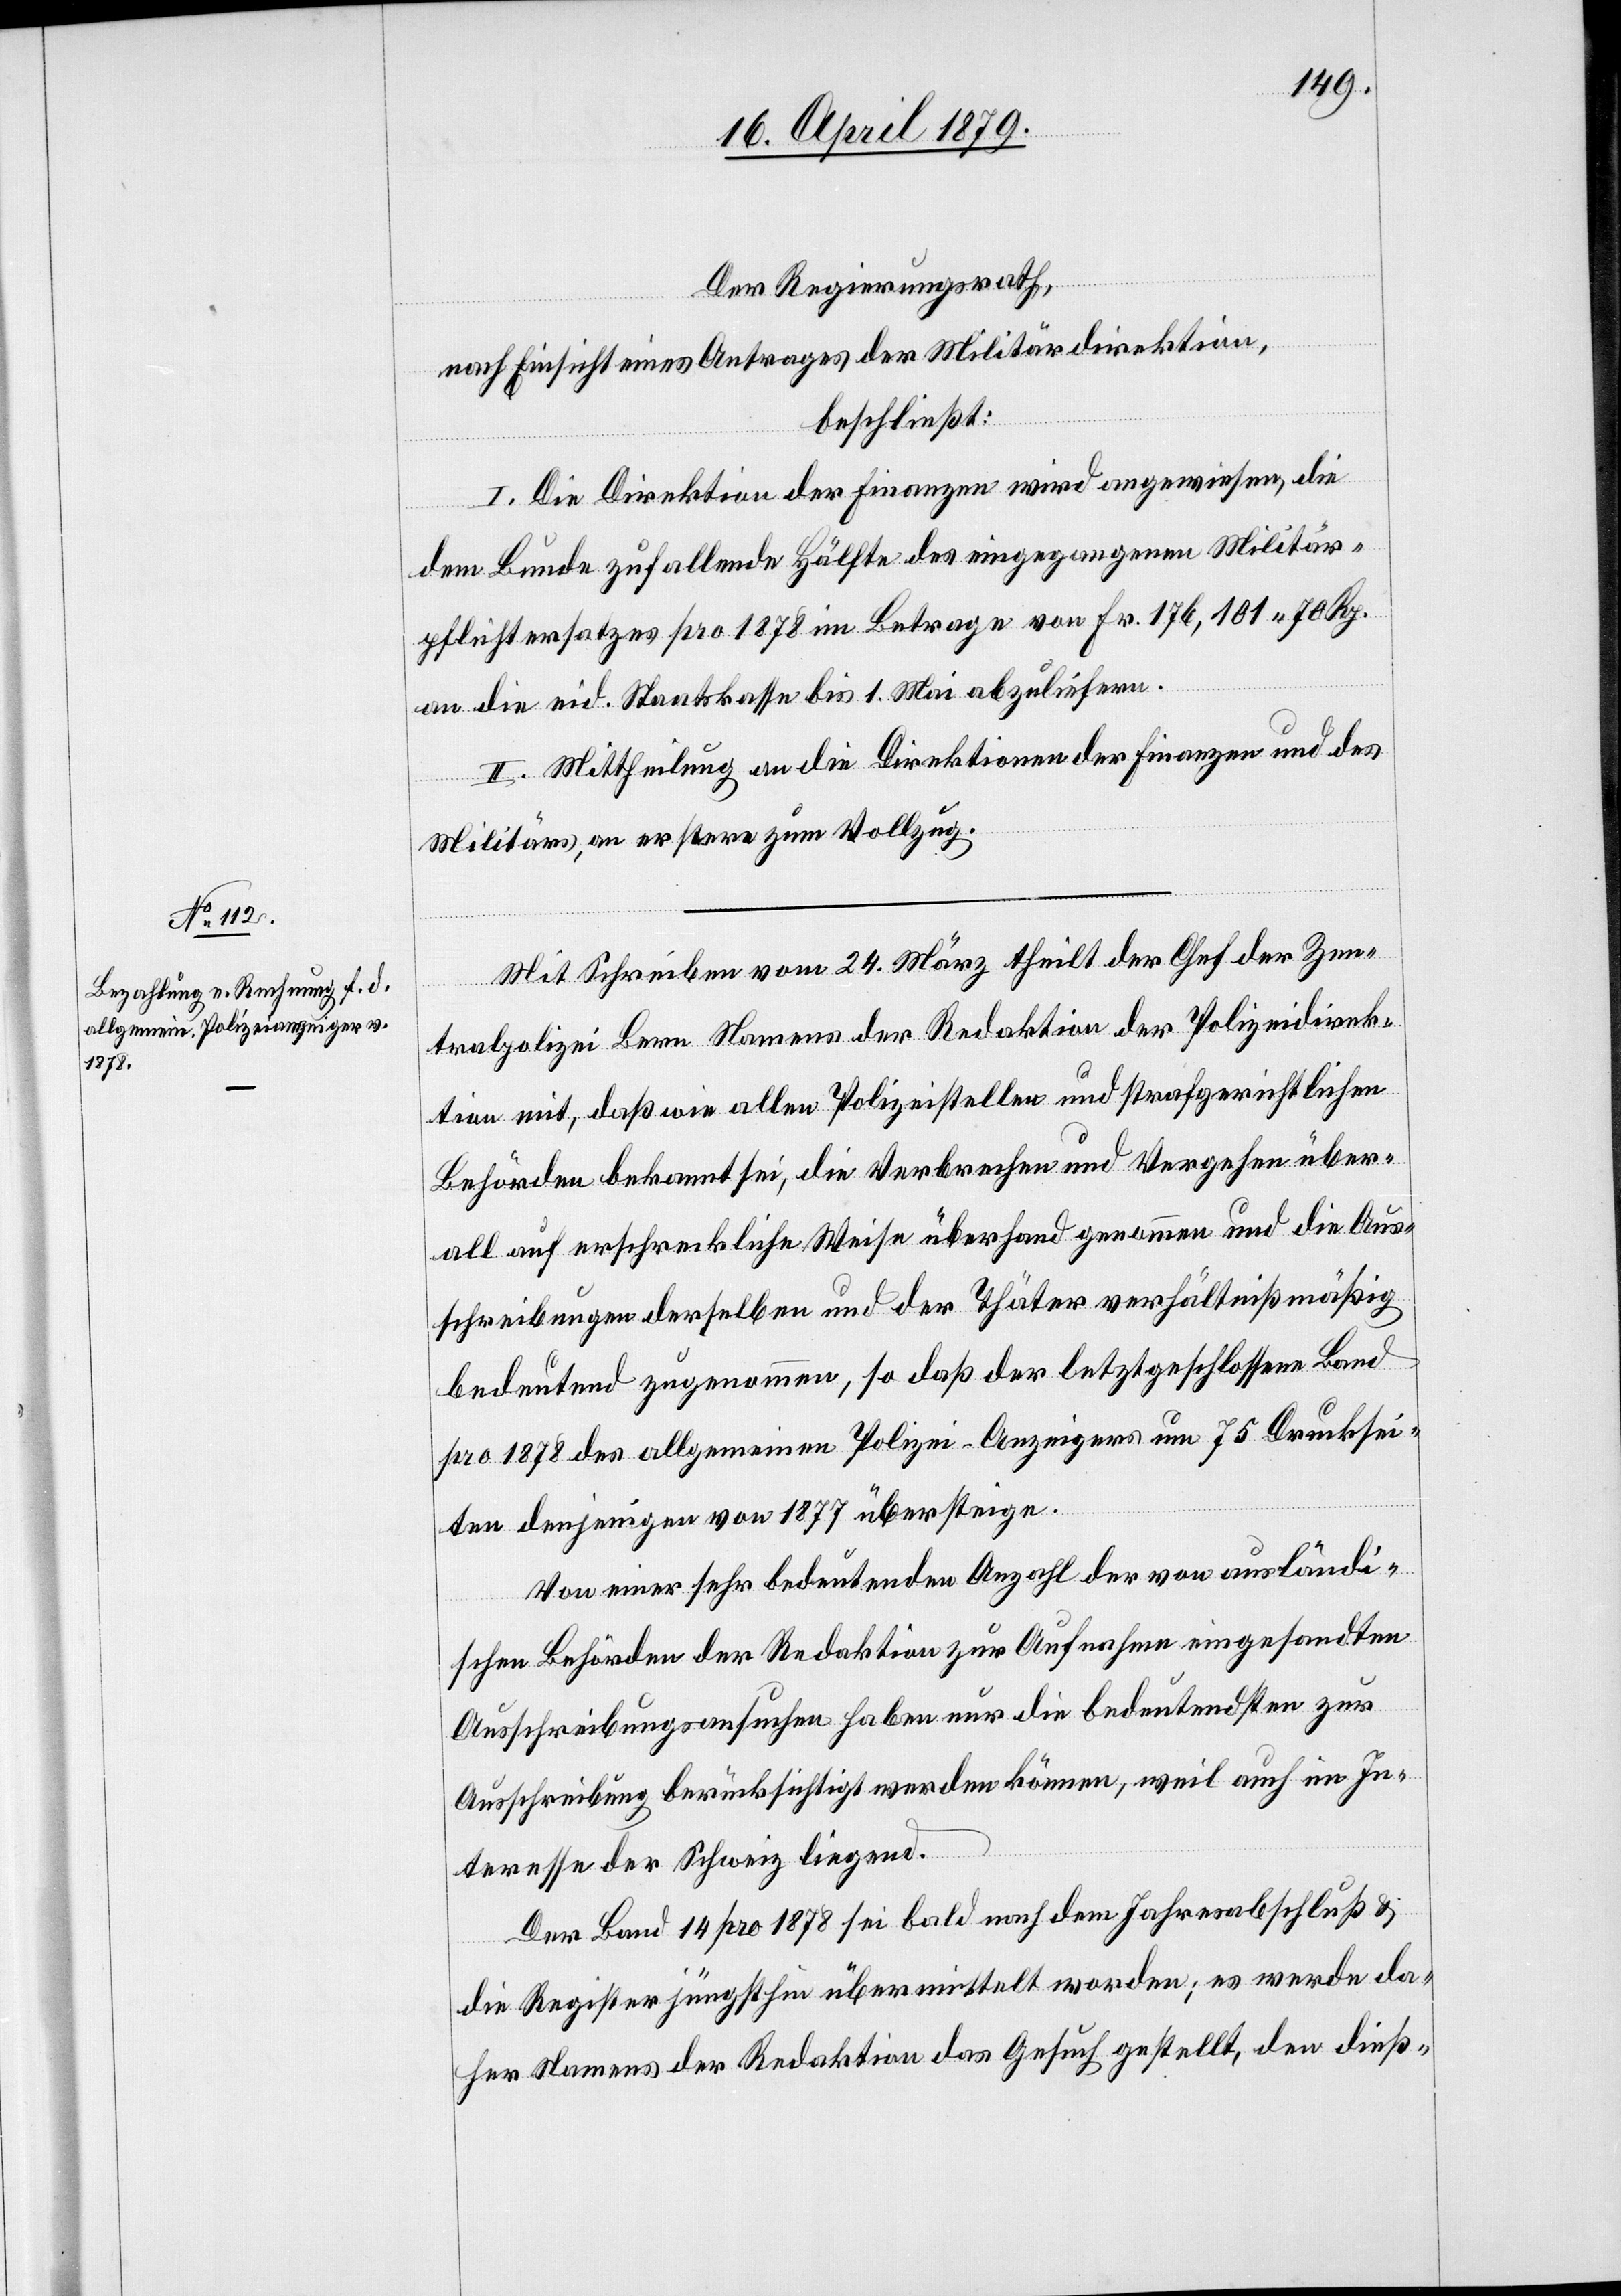
Der Regierungsrath,
nach Einsicht eines Antrages der Militärdirektion,
beschließt:
I. Die Direktion der Finanzen wird angewiesen, die
dem Bunde zufallende Hälfte des eingegangenen Militär¬
pflichtersatzes pro 1878 im Betrage von Fr. 176,101 70 Rp.
an die eid. Staatskasse bis 1. Mai abzuliefern.
II. Mittheilung an die Direktionen der Finanzen und des
Militärs, an erstere zum Vollzug.
Mit Schreiben vom 24. März theilt der Chef der Zen¬
tralpolizei Bern Namens der Redaktion der Polizeidirek¬
tion mit, daß wie allen Polizeistellen und strafgerichtlichen
Behörden bekannt sei, die Verbrechen und Vergehen über¬
all auf erschreckliche Weise überhand genommen und die Aus¬
schreibungen derselben und der Thäter verhältnißmäßig
bedeutend zugenommen, so daß der letztgeschlossene Band
pro 1878 des allgemeinen Polizei-Anzeigers um 75 Drucksei¬
ten denjenigen von 1877 übersteige.
Von einer sehr bedeutenden Anzahl der von ausländi¬
schen Behörden der Redaktion zur Aufnahme eingesandten
Ausschreibungsansuchen haben nur die bedeutendsten zur
Ausschreibung berücksichtigt werden können, weil auch im In¬
teresse der Schweiz liegend.
Der Band 14 pro 1878 sei bald nach dem Jahresabschluß &
die Register jüngsthin übermittelt worden; es werde da¬
her Namens der Redaktion das Gesuch gestellt, den dieß-